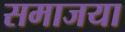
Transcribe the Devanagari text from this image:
समाजया